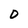
Character: D